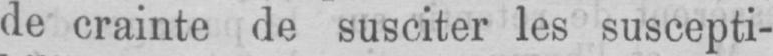
de crainte de susciter les suscepti-